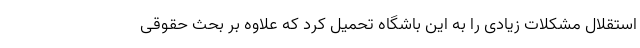
استقلال مشکلات زیادی را به این باشگاه تحمیل کرد که علاوه بر بحث حقوقی